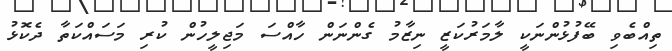
ތިއްބެވި ބޭފުޅުންނަކީ ލާމަރުކަޒީ ނިޒާމު ގެންނަން ހާއްސަ މަޖިލީހުން ކުރި މަސައްކަތާ ދެކޮޅު